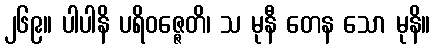
၂၆၉။ ပါပါနိ ပရိဝဇ္ဇေတိ၊ သ မုနီ တေန သော မုနိ။